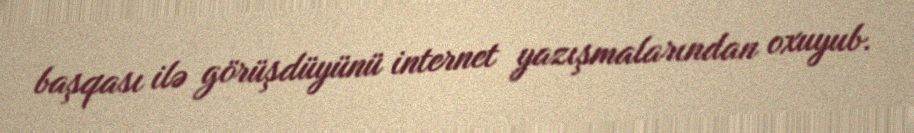
başqası ilə görüşdüyünü internet yazışmalarından oxuyub.